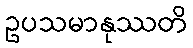
ဥပသမာနုဿတိ